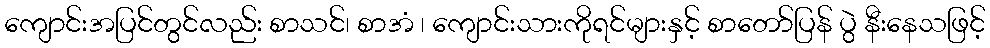
ကျောင်းအပြင်တွင်လည်း စာသင်၊ စာအံ ၊ ကျောင်းသားကိုရင်များနှင့် စာတော်ပြန် ပွဲ နီးနေသဖြင့်